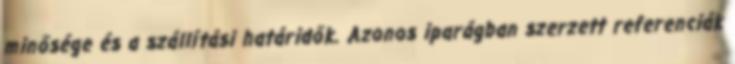
minősége és a szállítási határidők. Azonos iparágban szerzett referenciák